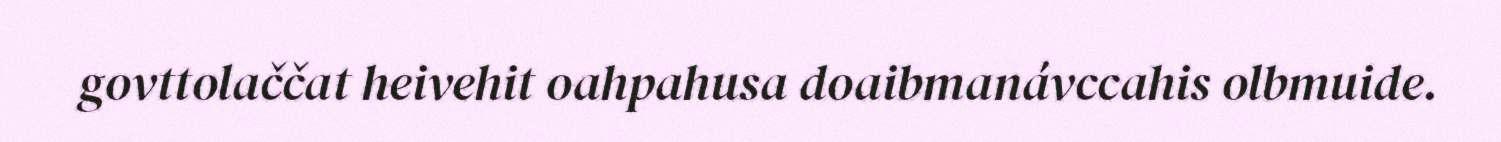
govttolaččat heivehit oahpahusa doaibmanávccahis olbmuide.